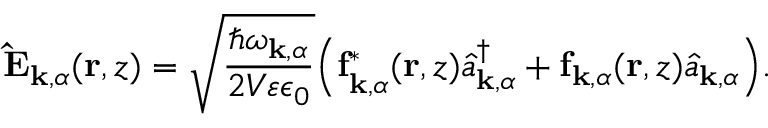
\mathbf { \hat { E } } _ { \mathbf { k } , \alpha } ( \mathbf { r } , z ) = \sqrt { \frac { \hbar \omega _ { \mathbf { k } , \alpha } } { 2 V \varepsilon \epsilon _ { 0 } } } \Big ( \mathbf { f } _ { \mathbf { k } , \alpha } ^ { * } ( \mathbf { r } , z ) \hat { a } _ { \mathbf { k } , \alpha } ^ { \dagger } + \mathbf { f } _ { \mathbf { k } , \alpha } ( \mathbf { r } , z ) \hat { a } _ { \mathbf { k } , \alpha } \Big ) .